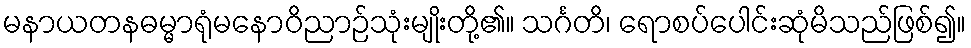
မနာယတနဓမ္မာရုံမနောဝိညာဉ်သုံးမျိုးတို့၏။ သင်္ဂတိ၊ ရောစပ်ပေါင်းဆုံမိသည်ဖြစ်၍။